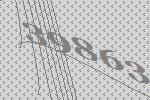
39863